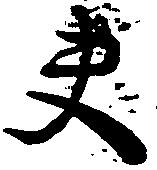
夫